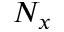
N _ { x }